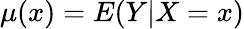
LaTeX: \mu(x)=E(Y|X=x)